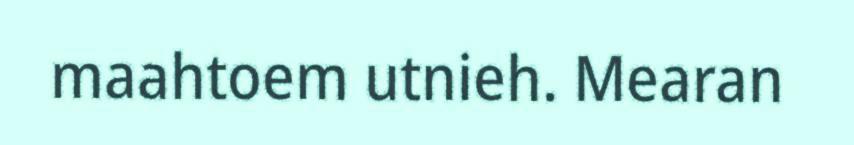
maahtoem utnieh. Mearan